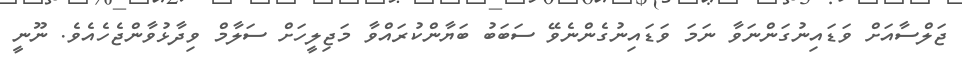
ޖަލްސާއަށް ވަޑައިނުގަންނަވާ ނަމަ ވަޑައިނުގެންނެވޭ ސަބަބު ބަޔާންކުރައްވާ މަޖިލީހަށް ސަލާމް ވިދާޅުވާންޖެހެއެވެ. ނޫނީ